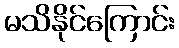
မသိနိုင်ကြောင်း